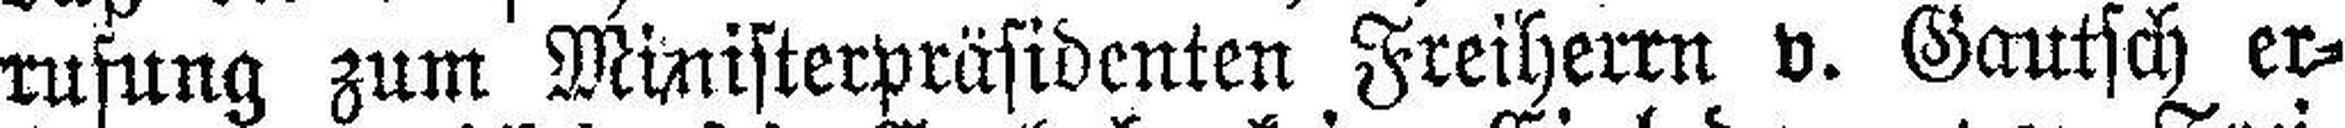
rufung zum Ministerpräsidenten Freiherrn v. Gautsch er¬